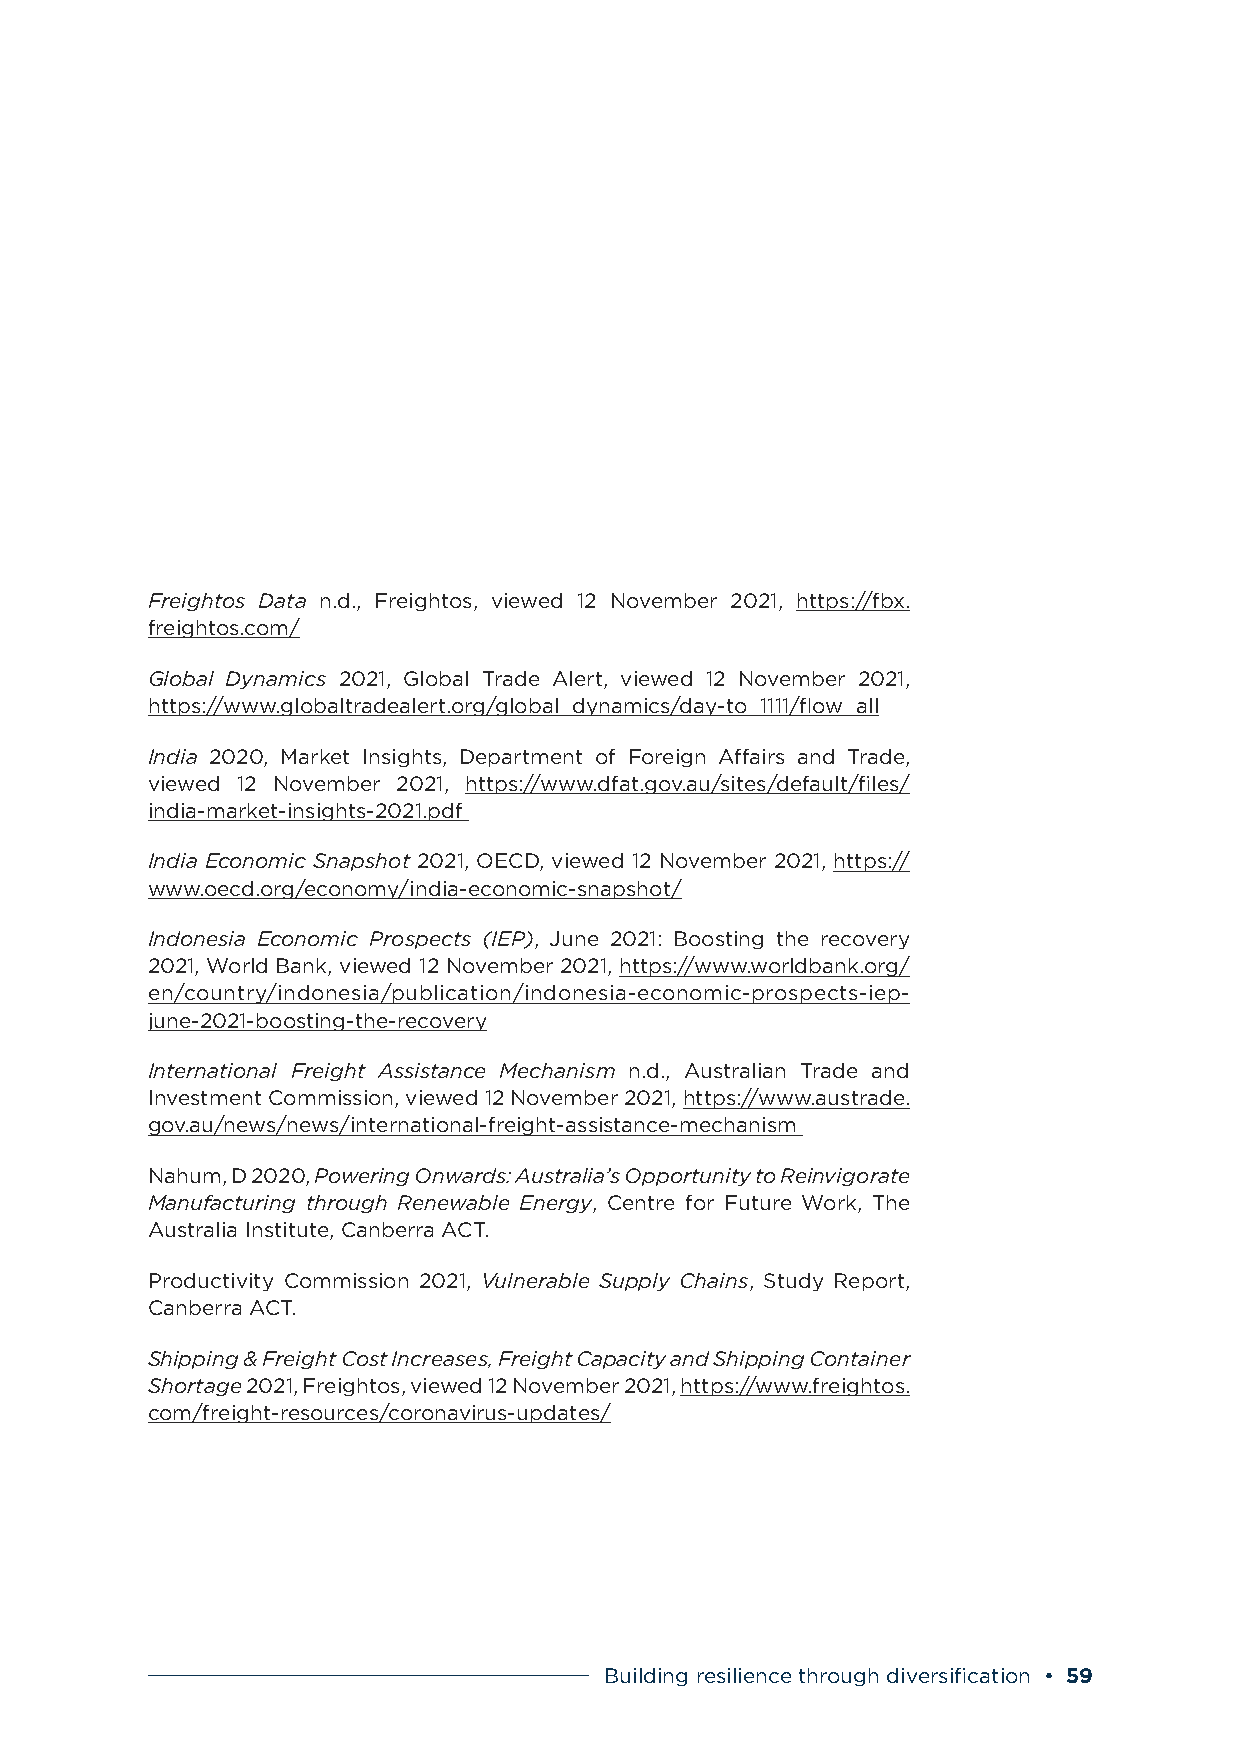
Freightos Data n.d., Freightos, viewed 12 November 2021, https://fbx.
 freightos.com/
 Global Dynamics 2021, Global Trade Alert, viewed 12 November 2021,
 https://www.globaltradealert.org/global_dynamics/day-to_1111/flow_all
 India 2020, Market Insights, Department of Foreign Affairs and Trade,
 viewed 12 November 2021, https://www.dfat.gov.au/sites/default/files/
 india-market-insights-2021.pdf
 India Economic Snapshot 2021, OECD, viewed 12 November 2021, https://
 www.oecd.org/economy/india-economic-snapshot/
 Indonesia Economic Prospects (IEP), June 2021: Boosting the recovery
 2021, World Bank, viewed 12 November 2021, https://www.worldbank.org/
 en/country/indonesia/publication/indonesia-economic-prospects-iep-
 june-2021-boosting-the-recovery
 International Freight Assistance Mechanism n.d., Australian Trade and
 Investment Commission, viewed 12 November 2021, https://www.austrade.
 gov.au/news/news/international-freight-assistance-mechanism
 Nahum, D 2020, Powering Onwards: Australia’s Opportunity to Reinvigorate
 Manufacturing through Renewable Energy, Centre for Future Work, The
 Australia Institute, Canberra ACT.
 Productivity Commission 2021, Vulnerable Supply Chains, Study Report,
 Canberra ACT.
 Shipping & Freight Cost Increases, Freight Capacity and Shipping Container
 Shortage 2021, Freightos, viewed 12 November 2021, https://www.freightos.
 com/freight-resources/coronavirus-updates/
 Building resilience through diversification • 59